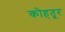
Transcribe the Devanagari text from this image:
कोहतूर